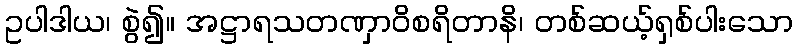
ဥပါဒါယ၊ စွဲ၍။ အဋ္ဌာရသတဏှာဝိစရိတာနိ၊ တစ်ဆယ့်ရှစ်ပါးသော